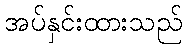
အပ်နှင်းထားသည်